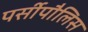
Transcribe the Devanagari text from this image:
पर्सीपौलिस